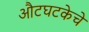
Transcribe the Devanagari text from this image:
औटघटकेचे